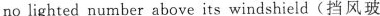
no lighted number above its windshield(挡风玻